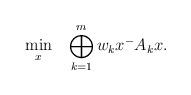
LaTeX: \begin{align*}\begin{aligned}&\min_{x}&&\bigoplus_{k=1}^{m}w_{k}x^{-}A_{k}x.\end{aligned}\end{align*}